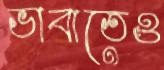
ভাবাতেও